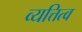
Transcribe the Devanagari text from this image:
व्यत्तित्व